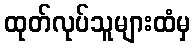
ထုတ်လုပ်သူများထံမှ